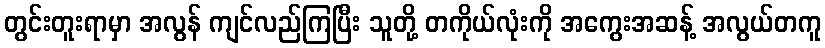
တွင်းတူးရာမှာ အလွန် ကျင်လည်ကြပြီး သူတို့ တကိုယ်လုံးကို အကွေးအဆန့် အလွယ်တကူ